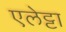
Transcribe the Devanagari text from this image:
एलेट्टा